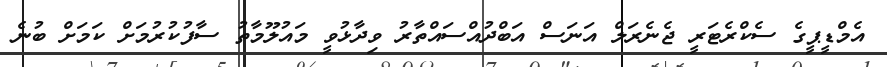
އެމްޑީޕީގެ ސެކްރެޓަރީ ޖެނެރަލް އަނަސް އަބްދުއްސައްތާރު ވިދާޅުވީ މައުލޫމާތު ސާފުކުރުމަށް ކަމަށް ބުނެ